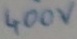
Text: 400V